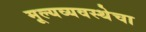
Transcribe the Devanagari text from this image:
मूल्यव्यवस्थेचा